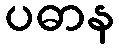
ပဓာန